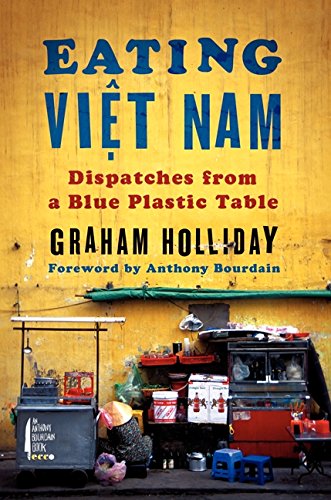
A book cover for Eating Viet Nam: Dispatches from a Blue Plastic Table; Graham Holliday; Cookbooks, Food & Wine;